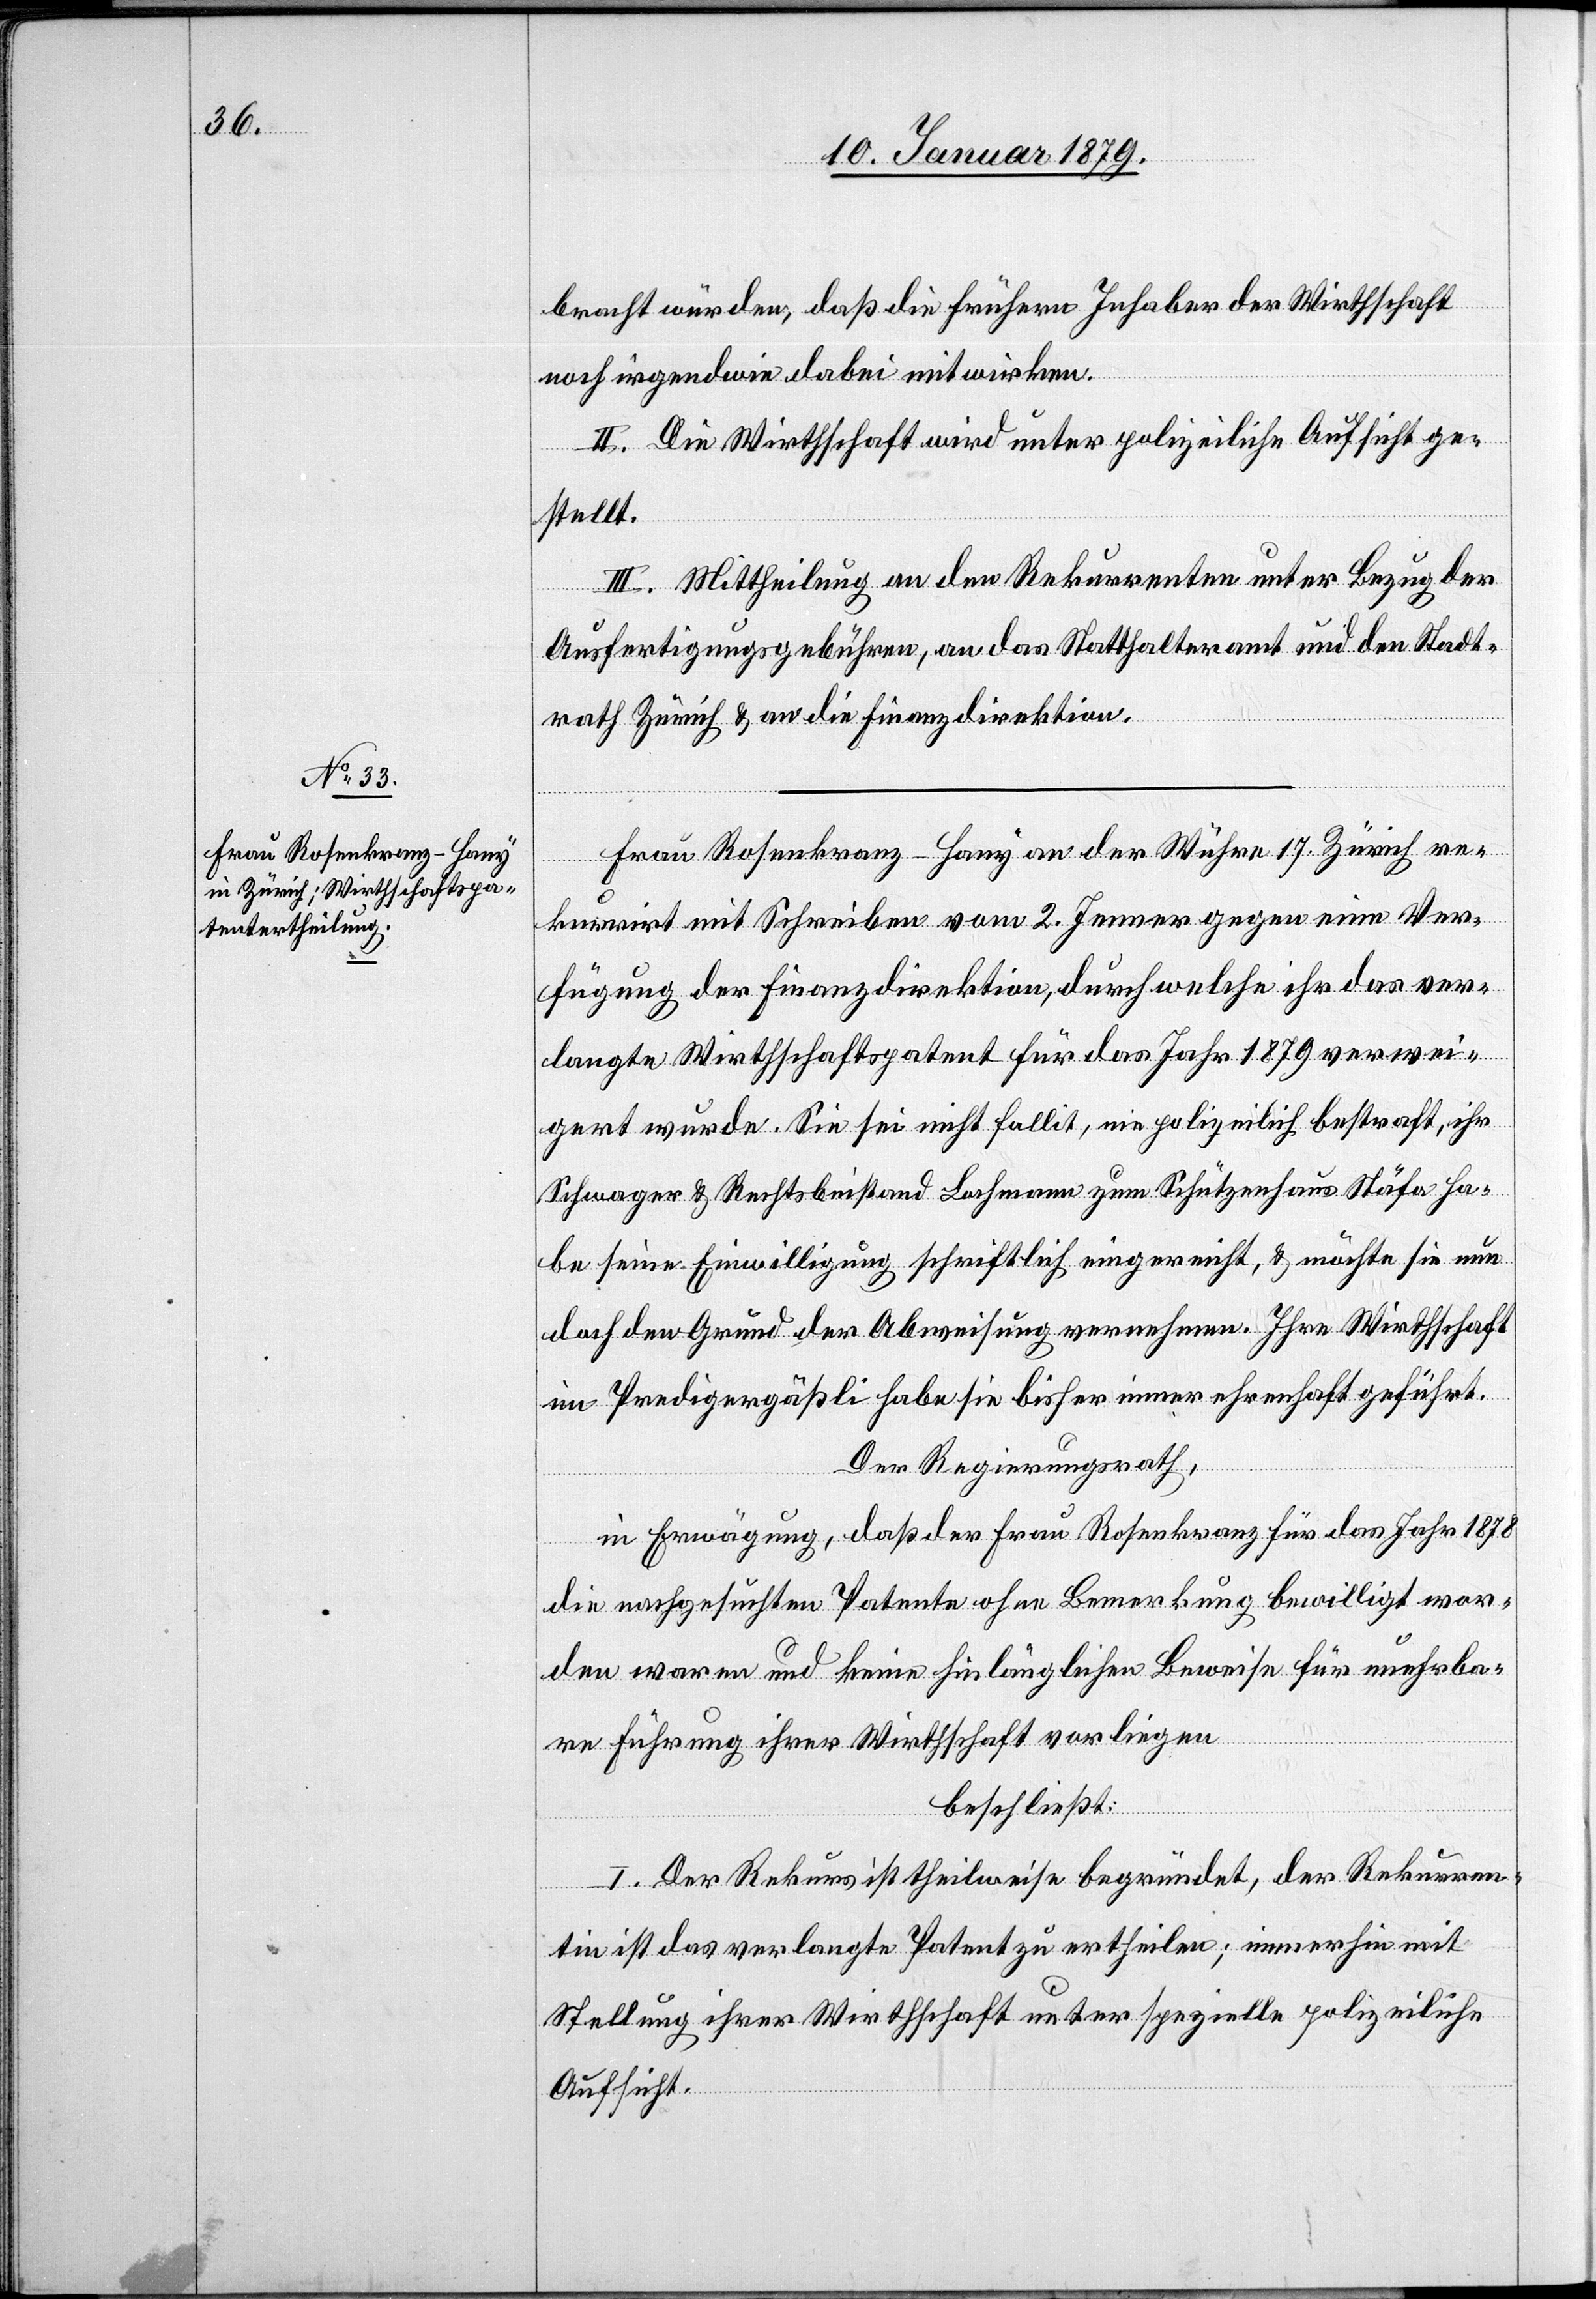
bracht würden, daß die frühern Inhaber der Wirthschaft
noch irgendwie dabei mitwirken.
II. Die Wirthschaft wird unter polizeiliche Aufsicht ge¬
stellt.
III. Mittheilung an den Rekurrenten unter Bezug der
Ausfertigungsgebühren, an das Statthalteramt und den Stadt¬
rath Zürich & an die Finanzdirektion.
rekurrirt mit Schreiben vom 2. Jenner gegen eine Ver¬
fügung der Finanzdirektion, durch welche ihr das ver¬
langte Wirthschaftspatent für das Jahr 1879 verwei¬
gert wurde. Sie sei nicht fallit, nie polizeilich bestraft, ihr
Schwager & Rechtsbeistand Bachmann zum Schützenhaus Stäfa ha¬
be seine Einwilligung schriftlich eingereicht, & möchte sie nun
doch den Grund der Abweisung vernehmen. Ihre Wirthschaft
im Predigergäßli habe sie bisher immer ehrenhaft geführt.
Der Regierungsrath,
in Erwägung, daß der Frau Rosenkranz für das Jahr 1878
die nachgesuchten Patente ohne Bemerkung bewilligt wor¬
den waren und keine hinlänglichen Beweise für unehrba¬
re Führung ihrer Wirthschaft vorliegen
beschließt:
I. Der Rekurs ist theilweise begründet, der Rekurren¬
tin ist das verlangte Patent zu ertheilen; immerhin mit
Stellung ihrer Wirthschaft unter spezielle polizeiliche
Aufsicht.